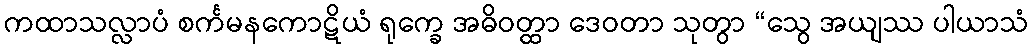
ကထာသလ္လာပံ စင်္ကမနကောဋိယံ ရုက္ခေ အဓိဝတ္ထာ ဒေဝတာ သုတွာ “သွေ အယျဿ ပါယာသံ